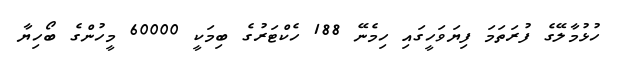
ހުޅުމާލޭގެ ފުރަތަމަ ފިޔަވަހީގައި ހިމެނޭ 188 ހެކްޓަރުގެ ބިމަކީ 60000 މީހުންގެ ބޯހިޔާ